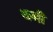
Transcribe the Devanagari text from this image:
थभी